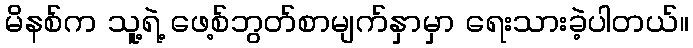
မိနစ်က သူ့ရဲ့ ဖေ့စ်ဘွတ်စာမျက်နှာမှာ ရေးသားခဲ့ပါတယ်။